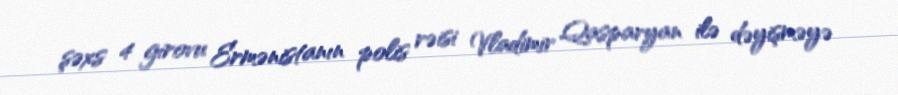
şəxs 4 girovu Ermənistanın polis rəisi Vladimir Qasparyan ilə dəyişməyə